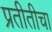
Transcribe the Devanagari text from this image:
प्रतीतीचा